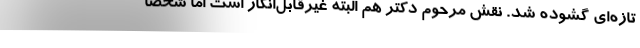
تازه‌ای گشوده شد. نقش مرحوم دکتر هم البته غیر‌قابل‌انکار است اما شخصا